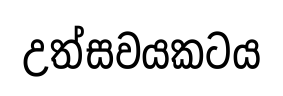
උත්සවයකටය